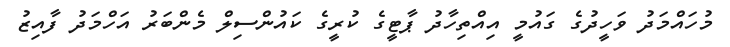
މުހައްމަދު ވަހީދުގެ ގައުމީ އިއްތިހާދު ޕާޓީގެ ކުރީގެ ކައުންސިލް މެންބަރު އަހްމަދު ފާއިޒު